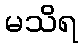
မသိရ